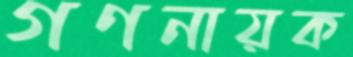
গণনায়ক